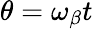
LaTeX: \theta=\omega_{\beta}t